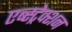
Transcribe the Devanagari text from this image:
एब्स्ट्रेक्शन